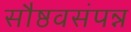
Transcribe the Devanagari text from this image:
सौष्ठवसंपन्न